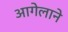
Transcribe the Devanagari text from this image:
आगेलाने